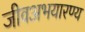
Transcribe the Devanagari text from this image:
जीवअभयारण्य